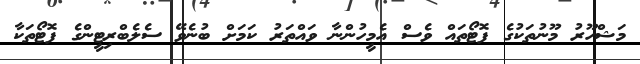
މަޝްހޫރު މޫނުތަކުގެ ފޮޓޯތައް ވެސް އެމީހުންނާ ވައްތަރު ކަމަށް ބުނެވޭ ސެލެބްރިޓީންގެ ފޮޓޯތަކާ